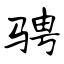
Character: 骋